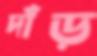
দাঁড়